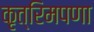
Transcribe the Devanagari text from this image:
कृत्रिमपणा